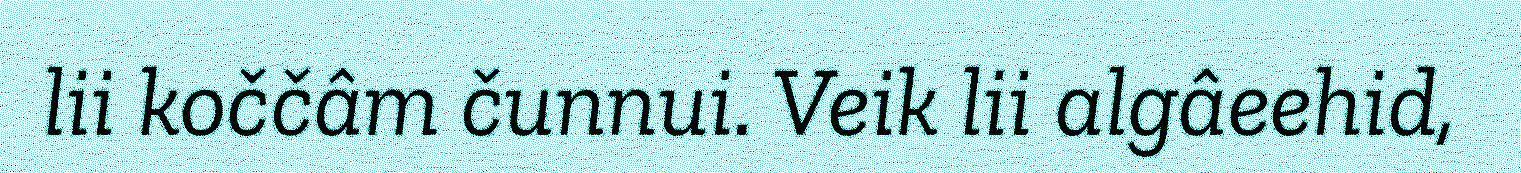
lii koččâm čunnui. Veik lii algâeehid,